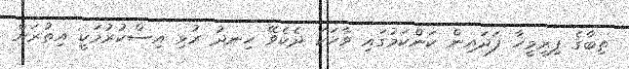
ތިބާގެ ފިރިމީހާ ފަދައިން ކަންކަމުގައި ވާހަކަ ދެކެވޭ ހިނދު ރުޅި އިސްކުރުމަކީ އިތުރަށް